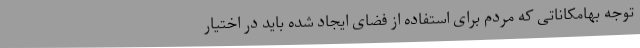
توجه بهامکاناتی که مردم برای استفاده از فضای ایجاد شده باید در اختیار